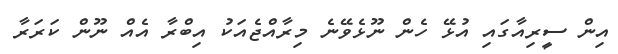
އިން ސީރިއާގައި އުޅޭ ހެން ނޫޅެވޭނެ މިރާއްޖެއަކު އިބްރާ އެއް ނޫން ކަރަރާ